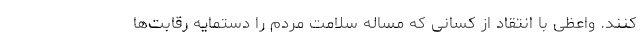
کنند. واعظی با انتقاد از کسانی که مساله سلامت مردم را دستمایه رقابت‌ها